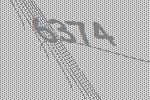
6374